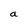
Character: a